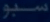
سبور